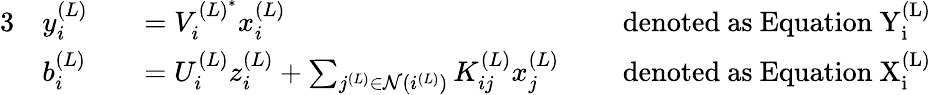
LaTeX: \begin{array}{rlrlrl}{{3}}&{y_{i}^{(L)}}&&{=V_{i}^{{(L)}^{*}}x_{i}^{(L)}}&&{\mathrm{~denoted~as~Equation~\mathrm{Y}_{i}^{(L)}~}}\\ &{b_{i}^{(L)}}&&{=U_{i}^{(L)}z_{i}^{(L)}+\sum_{j^{(L)}\in\mathcal{N}(i^{(L)})}K_{ij}^{(L)}x_{j}^{(L)}}&&{\mathrm{~denoted~as~Equation~\mathrm{X}_{i}^{(L)}~}}\end{array}